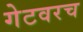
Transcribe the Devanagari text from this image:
गेटवरच